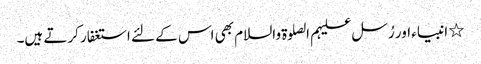
٭ انبیاء اور رُسل علیہم الصلوۃ والسلام بھی اس کے لئے استغفار کرتے ہیں۔